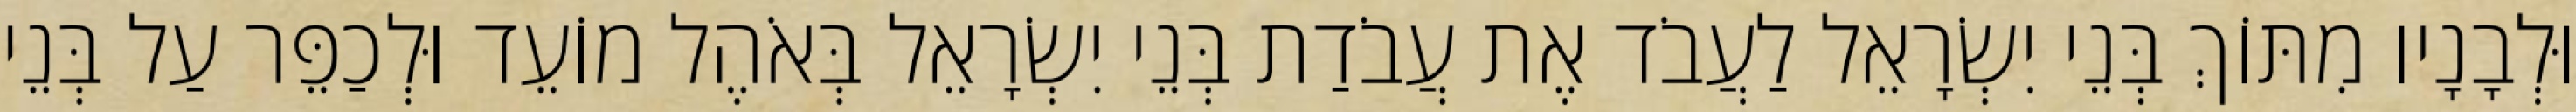
וּלְבָנָיו מִתּוֹךְ בְּנֵי יִשְׂרָאֵל לַעֲבֹד אֶת עֲבֹדַת בְּנֵי יִשְׂרָאֵל בְּאֹהֶל מוֹעֵד וּלְכַפֵּר עַל בְּנֵי